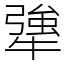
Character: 犟